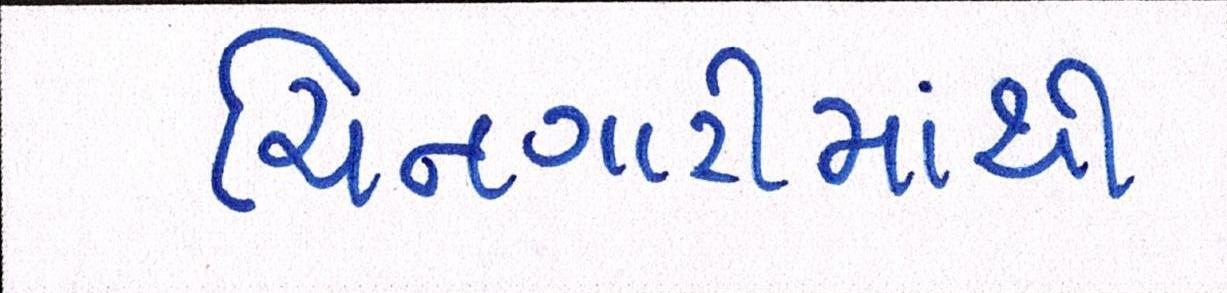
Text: ચિનગારીમાંથી